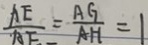
\frac { A E } { A E } = \frac { A G } { A H } = 1